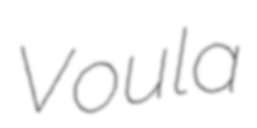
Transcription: Voula